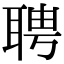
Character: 聘